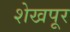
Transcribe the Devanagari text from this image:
शेखपूर